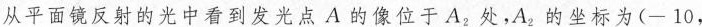
从平面镜反射的光中看到发光点A的像位于A_{2}处,A_{2}的坐标为(-10，